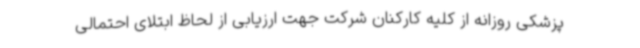
پزشکی روزانه از کلیه کارکنان شرکت جهت ارزیابی از لحاظ ابتلای احتمالی